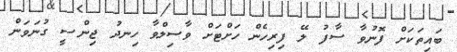
ބައިތަކަށް ފޮނުވާ ސާފު ލޭ ފިރިހެން ހަށްޓަށް ވާސިލްވާ ހިނދު ޖިންސީ ގުނަވަން